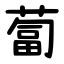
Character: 蔔